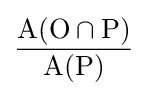
{\frac {\mathrm {A} (\mathrm {O} \cap \mathrm {P} )}{\mathrm {A} (\mathrm {P} )}}